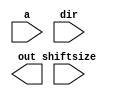
module shifter_16bit (a, dir, shiftsize, out);
	input a;
	input dir;
	input shiftsize;

	output out;

	
endmodule